Rangoon Lunatic Asylum 1878-1892 - 1878-1892
Year: 1878
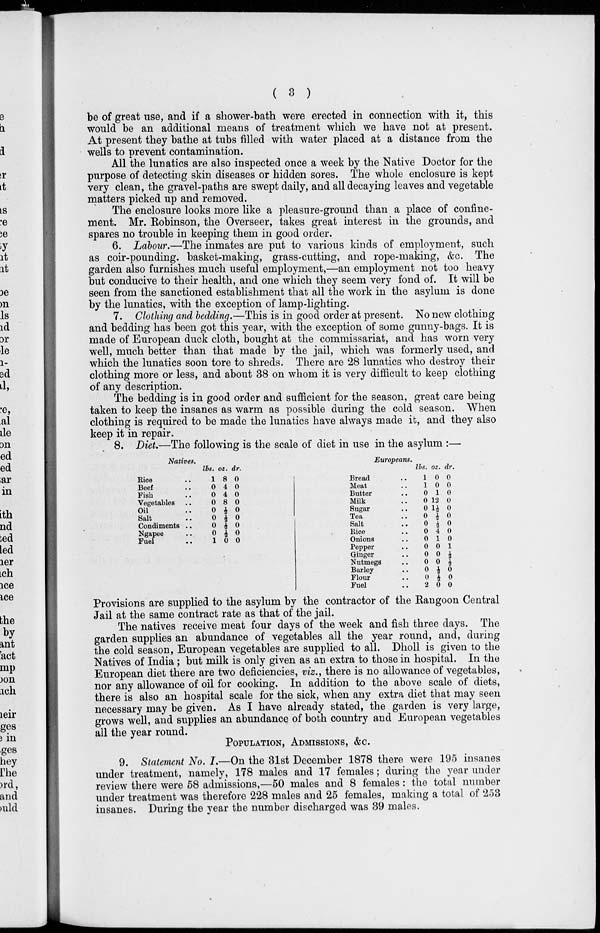
( 3 )
be of great use, and if a shower-bath were erected in connection with it, this
would be an additional means of treatment which we have not at present.
At present they bathe at tubs filled with water placed at a distance from the
wells to prevent contamination.
All the lunatics are also inspected once a week by the Native Doctor for the
purpose of detecting skin diseases or hidden sores. The whole enclosure is kept
very clean, the gravel-paths are swept daily, and all decaying leaves and vegetable
matters picked up and removed.
The enclosure looks more like a pleasure-ground than a place of confine-
ment. Mr. Robinson, the Overseer, takes great interest in the grounds, and
spares no trouble in keeping them in good order.
6. Labour.—The inmates are put to various kinds of employment, such
as coir-pounding. basket-making, grass-cutting, and rope-making, &c. The
garden also furnishes much useful employment,—an employment not too heavy
but conducive to their health, and one which they seem very fond of. It will be
seen from the sanctioned establishment that all the work in the asylum is done
by the lunatics, with the exception of lamp-lighting.
7. Clothing and bedding.—This is in good order at present. No new clothing
and bedding has been got this year, with the exception of some gunny-bags. It is
made of European duck cloth, bought at the commissariat, and has worn very
well, much better than that made by the jail, which was formerly used, and
which the lunatics soon tore to shreds. There are 28 lunatics who destroy their
clothing more or less, and about 38 on whom it is very difficult to keep clothing
of any description.
The bedding is in good order and sufficient for the season, great care being
taken to keep the insanes as warm as possible during the cold season. "When
clothing is required to be made the lunatics have always made it, and they also
keep it in repair.
8. Diet.—The following is the scale of diet in use in the asylum :—
Natives.
Rice ..
Beef ..
Fish ..
Vegetables ..
Oil ..
Salt ..
Condiments ..
Ngapee ..
Fuel ..
lbs.
1
0
0
0
0
0
0
0
1
oz.
8
4
4
8
½
½
½
½
0
dr.
0
0
0
0
0
0
0
0
0
Europeans.
Bread ..
Meat ..
Butter ..
Milk ..
Sugar ..
Tea ..
Salt ..
Rice ..
Onions ..
Pepper ..
Ginger ..
Nutmegs ..
Barley ..
Flour ..
Fuel ..
lbs.
1
1
0
0
0
0
0
0
0
0
0
0
0
0
2
oz.
0
0
1
12
1½
½
½
4
1
0
0
0
½
½
0
dr.
0
0
0
0
0
0
0
0
0
1
½
½
0
0
0
Provisions are supplied to the asylum by the contractor of the Rangoon Central
Jail at the same contract rate as that of the jail.
The natives receive meat four days of the week and fish three days. The
garden supplies an abundance of vegetables all the year round, and, during
the cold season, European vegetables are supplied to all. Dholl is given to the
Natives of India; but milk is only given as an extra to those in hospital. In the
European diet there are two deficiencies, viz., there is no allowance of vegetables,
nor any allowance of oil for cooking. In addition to the above scale of diets,
there is also an hospital scale for the sick, when any extra diet that may seen
necessary may be given. As I have already stated, the garden is very large,
grows well, and supplies an abundance of both country and European vegetables
all the year round.
POPULATION, ADMISSIONS, &c.
9. Statement No. I.—On the 31st December 1878 there were 195 insanes
under treatment, namely, 178 males and 17 females; during the year under
review there were 58 admissions,—50 males and 8 females : the total number
under treatment was therefore 228 males and 25 females, making a total of 253
insanes. During the year the number discharged was 39 males.